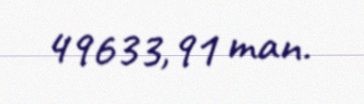
49633,91 man.